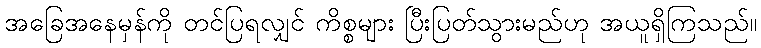
အခြေအနေမှန်ကို တင်ပြရလျှင် ကိစ္စများ ပြီးပြတ်သွားမည်ဟု အယူရှိကြသည်။